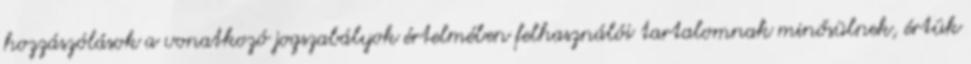
hozzászólások a vonatkozó jogszabályok értelmében felhasználói tartalomnak minősülnek, értük